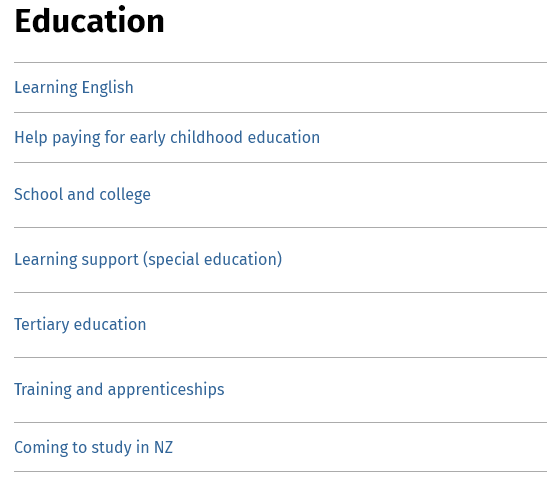
Education
  Learning English
  Help paying for early childhood education
  School and college
  Learning support (special education)
  Tertiary education
  Training and apprenticeships
  Coming to study in NZ